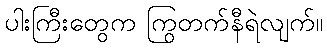
ပါးကြီးတွေက ကြွတက်နီရဲလျက်။